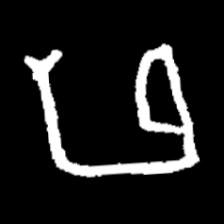
Pyu character \u2014 Myanmar letter: ဖ (romanized: pha)